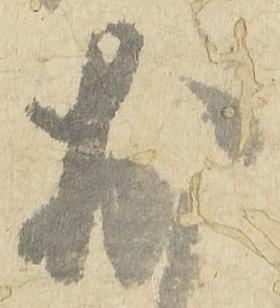
於